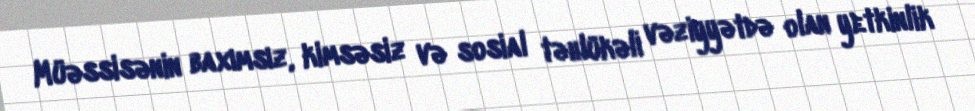
Müəssisənin baxımsız, kimsəsiz və sosial təhlükəli vəziyyətdə olan yetkinlik